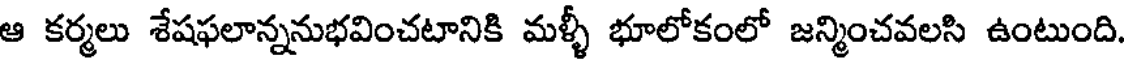
ఆ కర్మలు శేషఫలాన్ననుభవించటానికి మళ్ళీ భూలోకంలో జన్మించవలసి ఉంటుంది